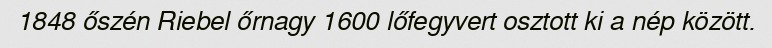
1848 őszén Riebel őrnagy 1600 lőfegyvert osztott ki a nép között.